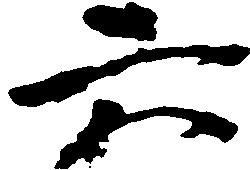
六